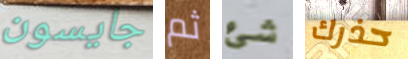
جايسون ثم شئ حذرك